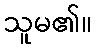
သူမ၏။